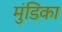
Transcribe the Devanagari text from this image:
मुंडिका